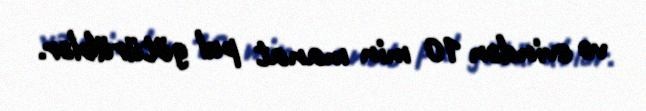
və evindən 10 min manat pul götürüblər.